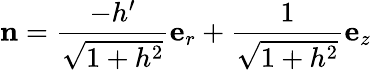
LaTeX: \mathbf{n}=\frac{-h^{\prime}}{\sqrt{1+h^{2}}}\mathbf{e}_{r}+\frac{1}{\sqrt{1+h^{2}}}\mathbf{e}_{z}